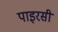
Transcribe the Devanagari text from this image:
पाइरसी